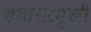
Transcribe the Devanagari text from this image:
समांतरमुखी